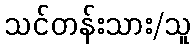
သင်တန်းသား/သူ